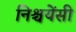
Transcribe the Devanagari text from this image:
निश्चयेंसी